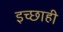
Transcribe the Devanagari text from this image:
इच्छाही